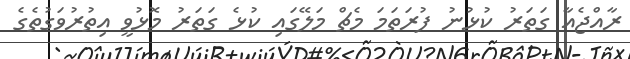
ރާއްޖެއާ ގަތަރު ކުޅުނު ފުރަތަމަ މެޗް މަލޭގައި ކުޅެ ގަތަރު މޮޅުވީ އިތުރުވަގުތެގެ